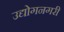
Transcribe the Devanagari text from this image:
उद्योगनगरी